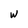
Character: w